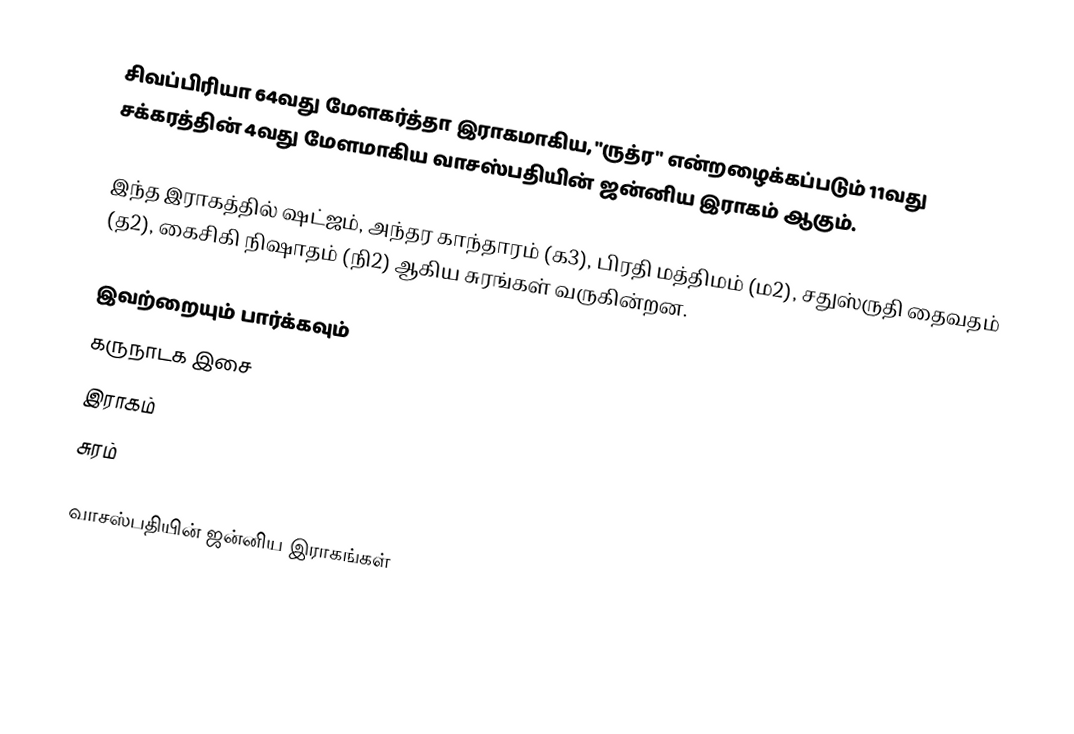
சிவப்பிரியா 64வது மேளகர்த்தா இராகமாகிய, "ருத்ர" என்றழைக்கப்படும் 11வது சக்கரத்தின் 4வது மேளமாகிய வாசஸ்பதியின் ஜன்னிய இராகம் ஆகும்.

இந்த இராகத்தில் ஷட்ஜம், அந்தர காந்தாரம் (க3), பிரதி மத்திமம் (ம2), சதுஸ்ருதி தைவதம் (த2), கைசிகி நிஷாதம்  (நி2) ஆகிய சுரங்கள் வருகின்றன.

இவற்றையும் பார்க்கவும்
 கருநாடக இசை
 இராகம்
 சுரம்

வாசஸ்பதியின் ஜன்னிய இராகங்கள்